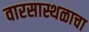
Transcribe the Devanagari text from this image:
वारसास्थळाचा